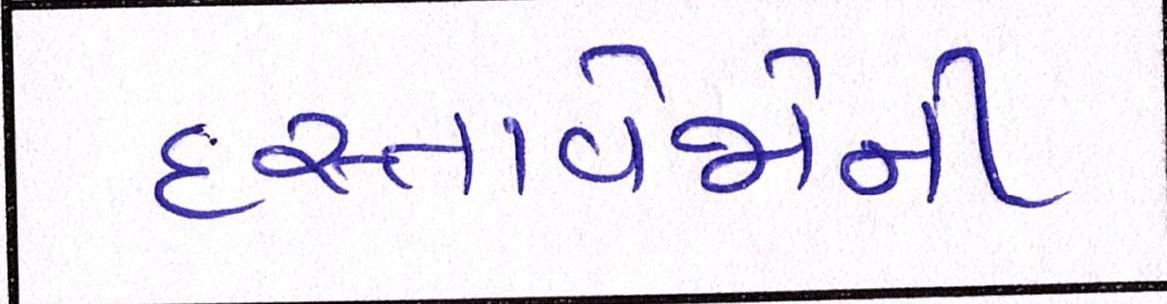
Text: દસ્તાવેજોની